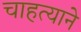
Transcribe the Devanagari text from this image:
चाहत्याने